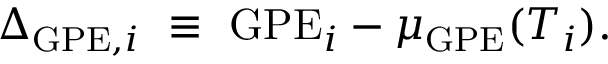
\Delta _ { \mathrm { G P E , } i } \ \equiv \ \mathrm { G P E } _ { i } - \mu _ { \mathrm { G P E } } ( T _ { i } ) .